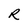
Character: R